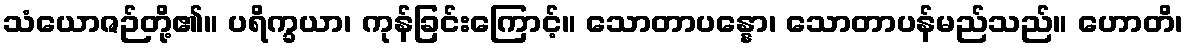
သံယောဇဉ်တို့၏။ ပရိက္ခယာ၊ ကုန်ခြင်းကြောင့်။ သောတာပန္နော၊ သောတာပန်မည်သည်။ ဟောတိ၊